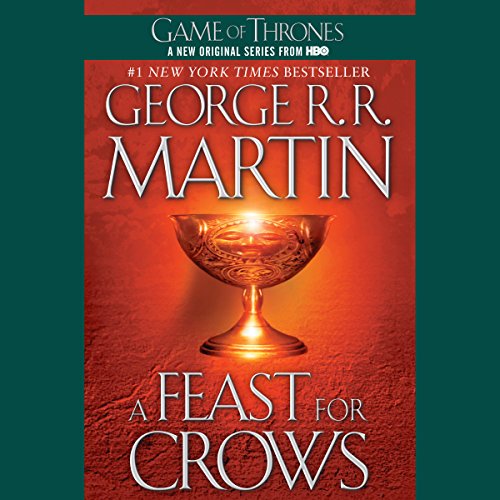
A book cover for A Feast for Crows: A Song of Ice and Fire: Book 4; George R. R. Martin; Humor & Entertainment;